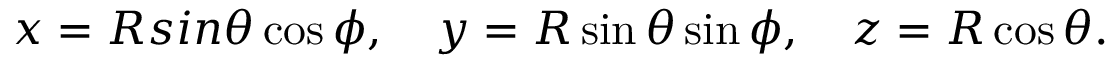
x = R s i n \theta \cos \phi , \quad y = R \sin \theta \sin \phi , \quad z = R \cos \theta .